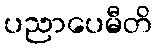
ပညာပေမီတိ